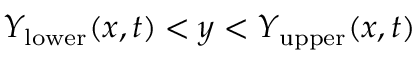
Y _ { \mathrm { l o w e r } } ( x , t ) < y < Y _ { \mathrm { u p p e r } } ( x , t )